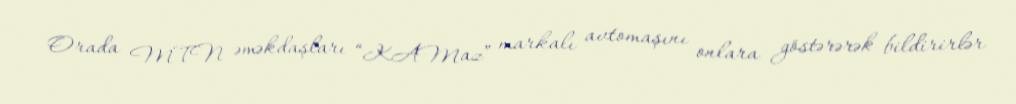
Orada MTN əməkdaşları “KAMaz” markalı avtomaşını onlara göstərərək bildirirlər